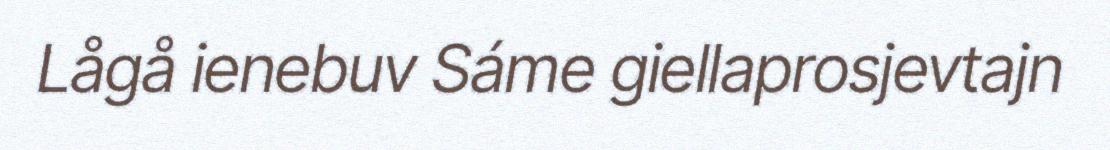
Lågå ienebuv Sáme giellaprosjevtajn